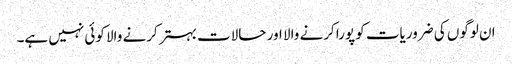
ان لوگوں کی ضروریات کو پورا کرنے والا اور حالات بہتر کرنے والا کوئی نہیں ہے۔